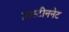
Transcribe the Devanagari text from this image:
प्लास्टीननेट